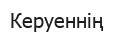
Керуеннің